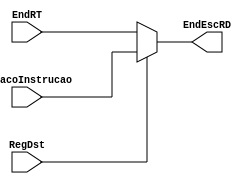
module mux1(RegDst, EndRT, pedacoInstrucao, EndEscRD);
	input [4:0] EndRT, pedacoInstrucao;
	input RegDst;
	output reg [4:0] EndEscRD;
	
	always @(EndRT or RegDst or pedacoInstrucao) begin
		if(RegDst)
			EndEscRD = pedacoInstrucao;
		else
			EndEscRD = EndRT;
	end
	
endmodule

/*
module simulamux1();
	reg [4:0] EndRT, pedacoInstrucao;
	reg RegDst;
	wire [4:0] EndEscRD;
	
	mux1 inst(RegDst, EndRT, pedacoInstrucao, EndEscRD);
	
	initial begin
		$dumpfile("teste.vcd");
		$dumpvars;
		
		   EndRT = 7; pedacoInstrucao = 8; RegDst = 1;
		#4 EndRT = 31; pedacoInstrucao = 9; RegDst = 0;
		#4 EndRT = 15; pedacoInstrucao = 16; RegDst = 0;
		#4 EndRT = 2; pedacoInstrucao = 17; RegDst = 1;
		#4 EndRT = 29; pedacoInstrucao = 11; RegDst = 1;
		#4 EndRT = 26; pedacoInstrucao = 3; RegDst = 1;
		#4 EndRT = 18; pedacoInstrucao = 7; RegDst = 0;
		#4 EndRT = 9; pedacoInstrucao = 10; RegDst = 1;
		#4 EndRT = 10; pedacoInstrucao = 11; RegDst = 0;
		#4 EndRT = 17; pedacoInstrucao = 13; RegDst = 1;
		
		#3 $finish;
	end
endmodule
*/